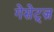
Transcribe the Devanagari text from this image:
गेसेट्ज़